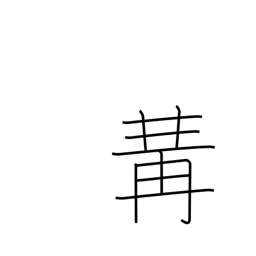
Meaning: put together